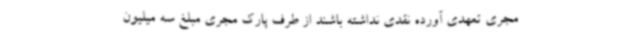
مجری تعهدی آورده نقدی نداشته باشند از طرف پارک مجری مبلغ سه میلیون